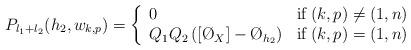
LaTeX: \begin{align*}P_{l_1+l_2}(h_2, w_{k,p})= \left\{ \begin{array}{lr} 0& \mathrm{if} \: (k,p) \neq (1,n)\\Q_1Q_2 \left( [\O_X] - \O_{h_2}\right) & \mathrm{if} \: (k,p) = (1,n) \end{array}\right.\end{align*}